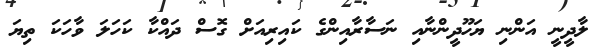
ލާދީނީ އަންނި ޔަހޫދީންނާއި ނަސާރާއިންގެ ކައިރިއަށް ގޮސް ދައްކާ ކަހަލަ ވާހަކަ ތިޔަ